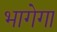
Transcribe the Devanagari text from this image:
भागेगा